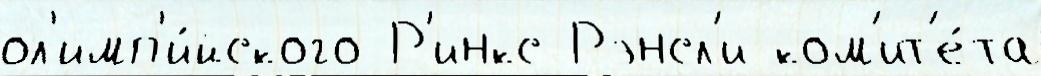
ол'имп'и́йского Р'инкс Рэнсл'и ком'ит'е́та